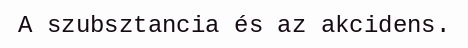
A szubsztancia és az akcidens.